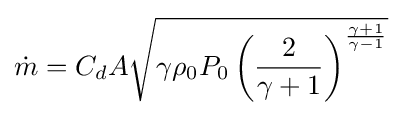
{\dot {m}}=C_{d}A{\sqrt {\gamma \rho _{0}P_{0}\left({\frac {2}{\gamma +1}}\right)^{\frac {\gamma +1}{\gamma -1}}}}